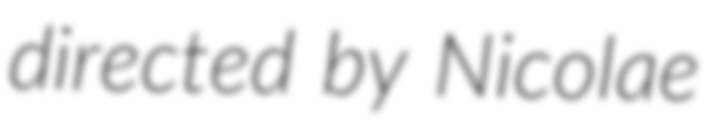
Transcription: directed by Nicolae